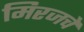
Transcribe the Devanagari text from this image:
मिरजचे